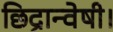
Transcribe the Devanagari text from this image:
छिद्रान्वेषी।